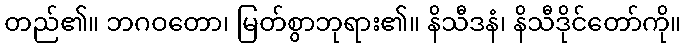
တည်၏။ ဘဂဝတော၊ မြတ်စွာဘုရား၏။ နိသီဒနံ၊ နိသီဒိုင်တော်ကို။